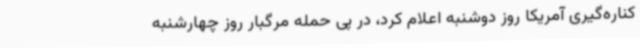
کناره‌گیری آمریکا روز دوشنبه اعلام کرد، در پی حمله مرگبار روز چهارشنبه